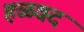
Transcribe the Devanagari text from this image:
हळवद